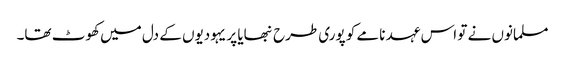
مسلمانوں نے تو اس عہد نامے کو پوری طرح نبھایا پر یہودیوں کے دل میں کھوٹ تھا۔